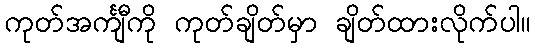
ကုတ်အင်္ကျီကို ကုတ်ချိတ်မှာ ချိတ်ထားလိုက်ပါ။